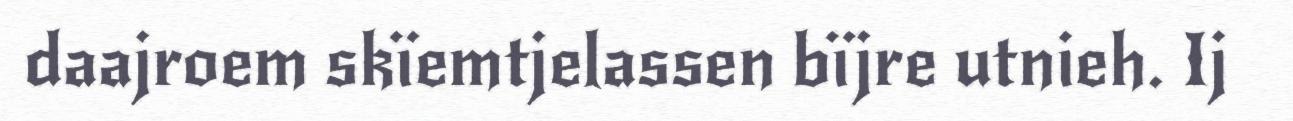
daajroem skïemtjelassen bïjre utnieh. Ij